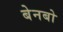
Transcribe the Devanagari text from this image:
बेनबो